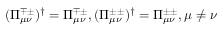
( \Pi _ { \mu \nu } ^ { \mp \pm } ) ^ { \dag } = \Pi _ { \mu \nu } ^ { \mp \pm } , ( \Pi _ { \mu \nu } ^ { \pm \pm } ) ^ { \dag } = \Pi _ { \mu \nu } ^ { \pm \pm } , \mu \neq \nu